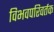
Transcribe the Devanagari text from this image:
विभवपरिवर्तक